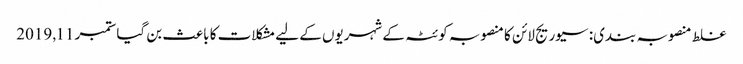
غلط منصوبہ بندی: سیوریج لائن کا منصوبہ کوئٹہ کے شہریوں کے لیے مشکلات کا باعث بن گیا ستمبر 11, 2019